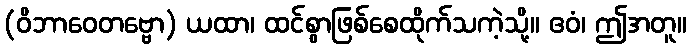
(ဝိဘာဝေတဗ္ဗော) ယထာ၊ ထင်စွာဖြစ်စေထိုက်သကဲ့သို့။ ဧဝံ၊ ဤအတူ။